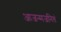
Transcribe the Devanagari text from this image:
आजन्मजनितं